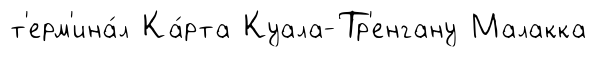
т'ерм'ина́л Ка́рта Куала-Тр'енгану Малакка